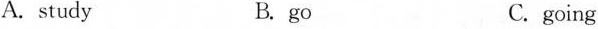
A. study B. go C. going